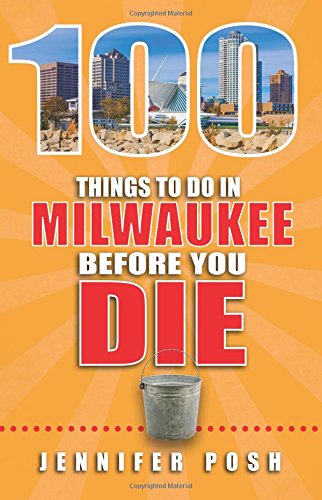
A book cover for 100 Things to Do in Milwaukee Before You Die; Jennifer Posh; Travel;